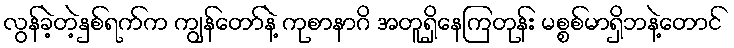
လွန်ခဲ့တဲ့နှစ်ရက်က ကျွန်တော်နဲ့ ကုစာနာဂိ အတူရှိနေကြတုန်း မစ္စစ်မာရှိဘနဲ့တောင်